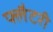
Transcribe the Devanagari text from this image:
फ्लैटरी